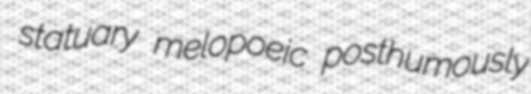
statuary melopoeic posthumously